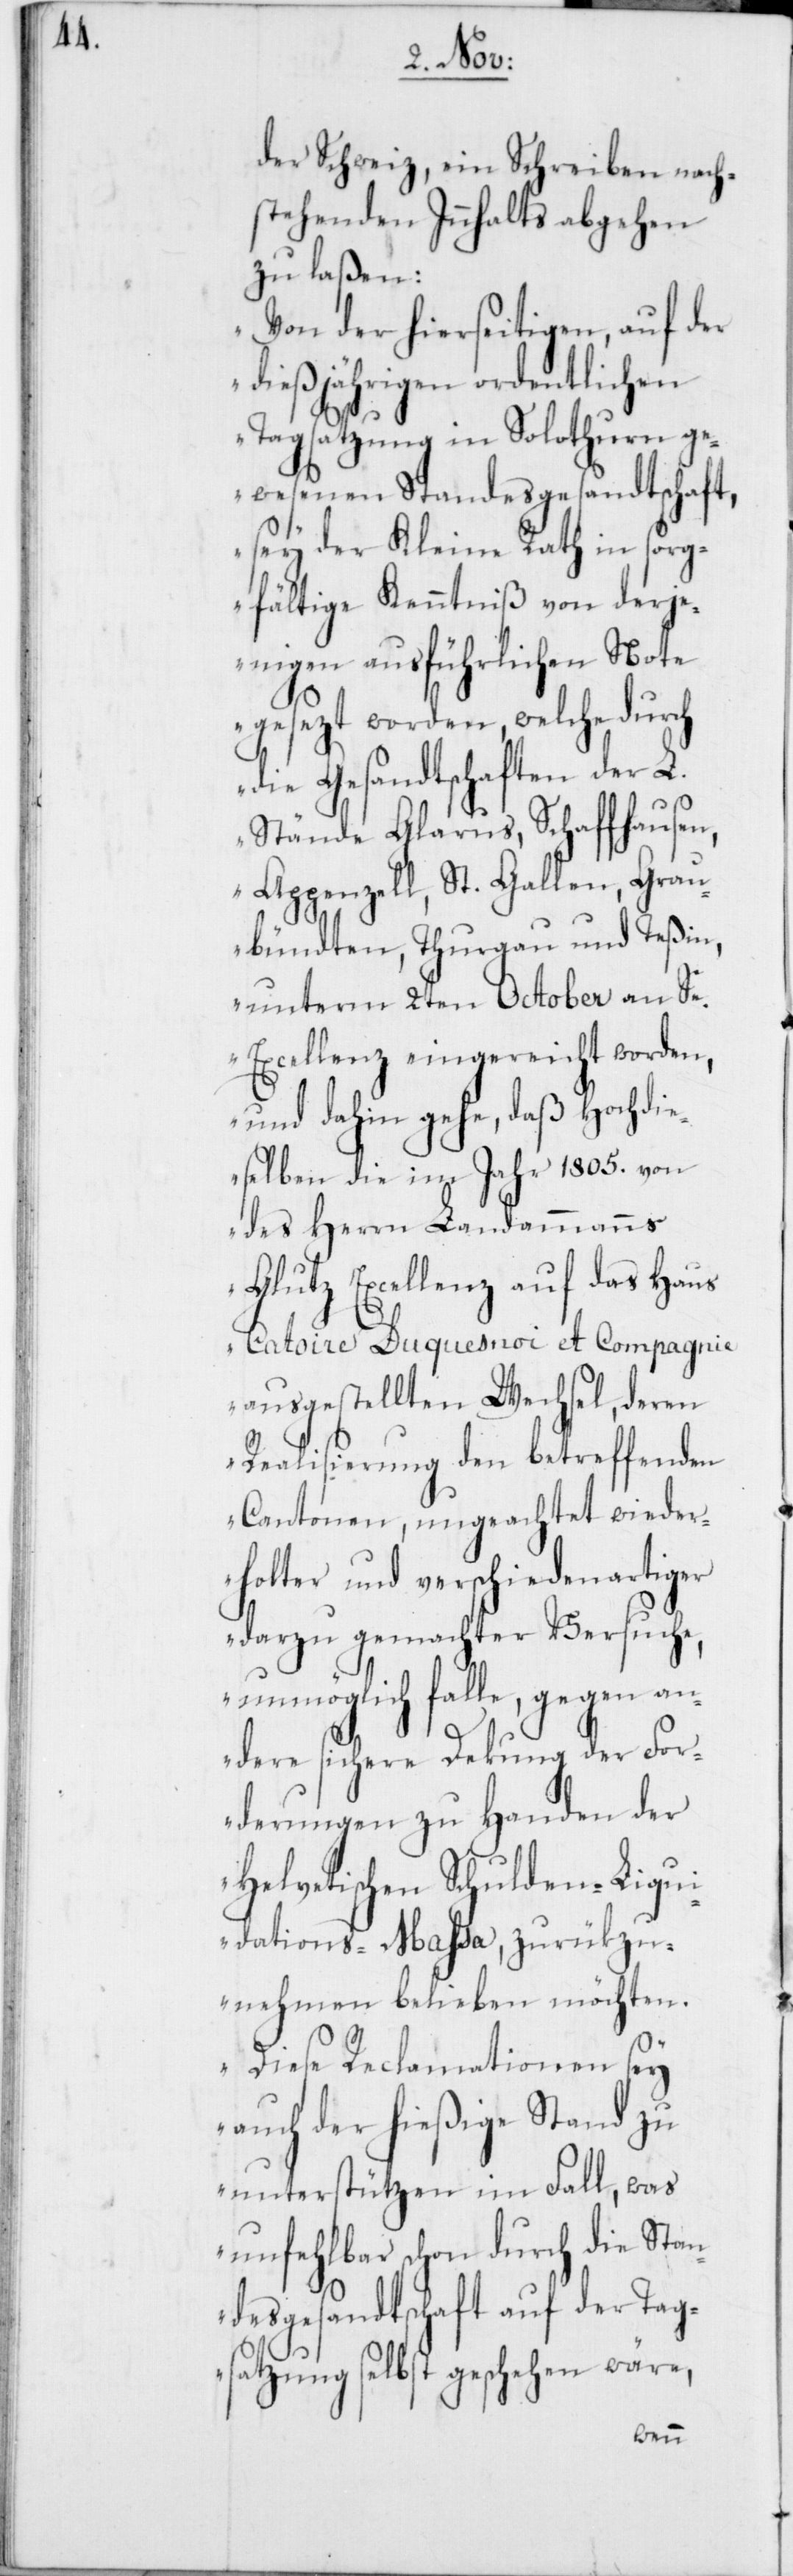
der Schweiz, ein Schreiben nach¬
stehenden Innhalts abgehen
zu laßen:
„Von der hierseitigen, auf der
dießjährigen ordentlichen
Tagsatzung in Solothurn ge¬
wesenen Standesgesandtschaft,
sey der Kleine Rath in sorg¬
fältige Kenntniß von derje¬
nigen ausführlichen Note
gesezt worden, welche durch
die Gesandtschaften der L.
Stände Glarus, Schaffhausen,
Appenzell, St. Gallen, Grau¬
bündten, Thurgau und Teßin,
unterm 2ten October an Se.
Excellenz, eingereicht worden,
und dahin gehe, daß Hochdi¬
eselben die im Jahr 1805. von
des Herrn Landammanns
Glutz Excellenz auf das Haus
Catoire Duquesnoi et Compagnie
ausgestellten Wechsel, deren
Realisierung den betreffenden
Cantonen, ungeachtet wieder¬
holter und verschiedenartiger
darzu gemachter Versuche,
unmöglich falle, gegen an¬
dere sichere Deckung der For¬
derungen zu Handen der
Helvetischen Schulden-Liqui¬
dations-Maßa, zurükzu¬
nehmen belieben möchten.
Diese Reclamationen sey
auch der hießige Stand zu
unterstützen im Fall, was
unfehlbar schon durch die Stan¬
desgesandtschaft auf der Tag¬
satzung selbst geschehen wäre,